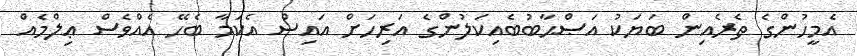
އެމީހުންގެ ތެރެއިން ބަޔަކު އަޞްޙާބުބެއިކަލުންގެ އަރިހަށް އައިސް އެކަމާ ބެހޭ އެއްވެސް ޢިލްމެއް